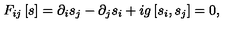
F _ { i j } \left[ s \right] = \partial _ { i } s _ { j } - \partial _ { j } s _ { i } + i g \left[ s _ { i } , s _ { j } \right] = 0 ,